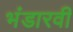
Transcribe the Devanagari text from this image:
भंडारवी